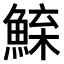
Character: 𫙢